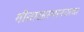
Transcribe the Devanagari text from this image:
गीतारहस्यानंतरचा